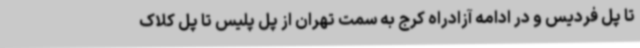
تا پل فردیس و در ادامه آزادراه کرج به سمت تهران از پل پلیس تا پل کلاک